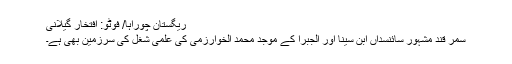
ریگستان چوراہا/ فوٹو: افتخار گیلانی
سمر قند مشہور سائنسداں ابن سینا اور الجبرا کے موجد محمد الخوارزمی کی علمی شغل کی سرزمین بھی ہے۔